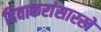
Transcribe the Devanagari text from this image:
दिवाकरांसारखे